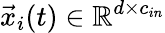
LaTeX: \vec{x}_{i}(t)\in\mathbb{R}^{d\times c_{in}}